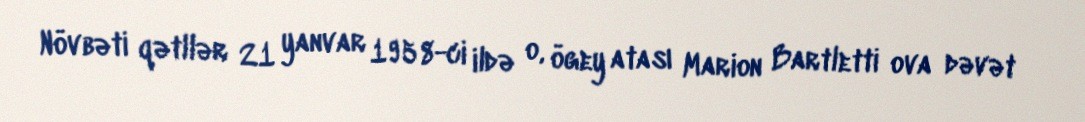
Növbəti qətllər 21 yanvar 1958-ci ildə o, ögey atası Marion Bartletti ova dəvət